Civil Veterinary Dept. Bombay admin report 1923-31 - 1923-1931
Year: 1923
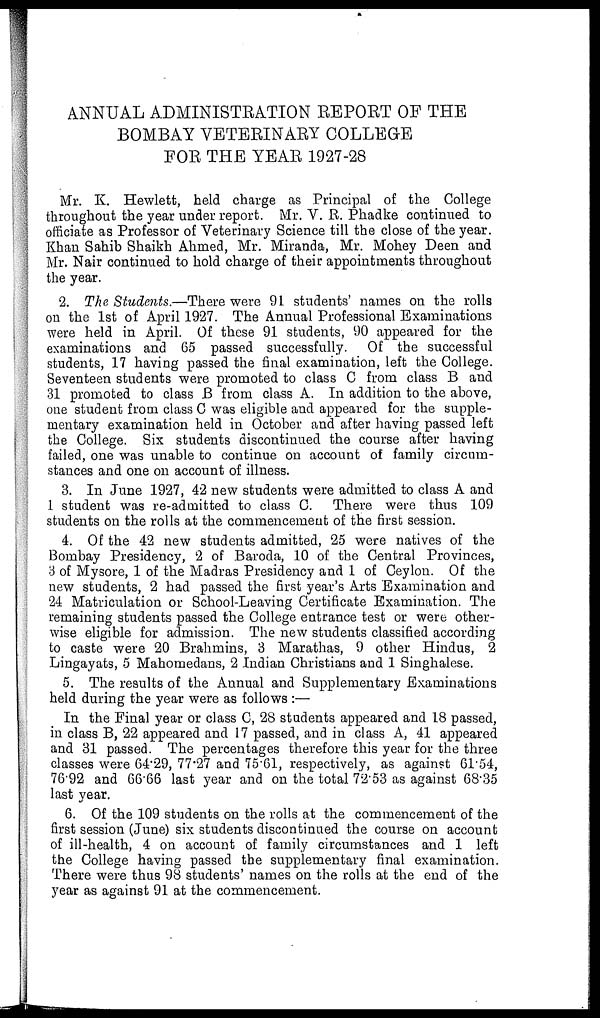
ANNUAL ADMINISTRATION REPORT OF THE
BOMBAY VETERINARY COLLEGE
FOR THE YEAR 1927-28
Mr. K. Hewlett, held charge as Principal of the College
throughout the year under report. Mr. V. R. Phadke continued to
officiate as Professor of Veterinary Science till the close of the year.
Khan Sahib Shaikh Ahmed, Mr. Miranda, Mr. Mohey Deen and
Mr. Nair continued to hold charge of their appointments throughout
the year.
2. The Students.—There were 91 students' names on the rolls
on the 1st of April 1927. The Annual Professional Examinations
were held in April. Of these 91 students, 90 appeared for the
examinations and 65 passed successfully. Of the successful
students, 17 having passed the final examination, left the College.
Seventeen students were promoted to class C from class B and
31 promoted to class B from class A. In addition to the above,
one student from class C was eligible and appeared for the supple-
mentary examination held in October and after having passed left
the College. Six students discontinued the course after having
failed, one was unable to continue on account of family circum-
stances and one on account of illness.
3. In June 1927, 42 new students were admitted to class A and
1 student was re-admitted to class C. There were thus 109
students on the rolls at the commencement of the first session.
4. Of the 42 new students admitted, 25 were natives of the
Bombay Presidency, 2 of Baroda, 10 of the Central Provinces,
3 of Mysore, 1 of the Madras Presidency and 1 of Ceylon. Of the
new students, 2 had passed the first year's Arts Examination and
24 Matriculation or School-Leaving Certificate Examination. The
remaining students passed the College entrance test or were other-
wise eligible for admission. The new students classified according
to caste were 20 Brahmins, 3 Marathas, 9 other Hindus, 2
Lingayats, 5 Mahomedans, 2 Indian Christians and 1 Singhalese.
5. The results of the Annual and Supplementary Examinations
held during the year were as follows :—
In the Final year or class C, 28 students appeared and 18 passed,
in class B, 22 appeared and 17 passed, and in class A, 41 appeared
and 31 passed. The percentages therefore this year for the three
classes were 64.29, 77.27 and 75.61, respectively, as against 61.54,
76.92 and 66.66 last year and on the total 72.53 as against 68.35
last year.
6. Of the 109 students on the rolls at the commencement of the
first session (June) six students discontinued the course on account
of ill-health, 4 on account of family circumstances and 1 left
the College having passed the supplementary final examination.
There were thus 98 students' names on the rolls at the end of the
year as against 91 at the commencement.